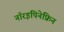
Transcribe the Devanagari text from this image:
नॉरइपिनेफ्रिन